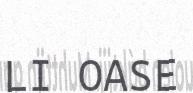
LI OASE